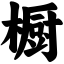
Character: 橱